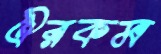
ঐরকম